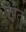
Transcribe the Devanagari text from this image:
उत्पेतु